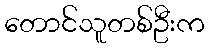
တောင်သူတစ်ဦးက